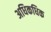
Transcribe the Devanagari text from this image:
अधिकधिक